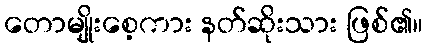
တောမျိုးစေ့ကား နတ်ဆိုးသား ဖြစ်၏။